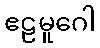
ဧဠမူဂေါ